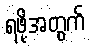
ရဖို့အတွက်